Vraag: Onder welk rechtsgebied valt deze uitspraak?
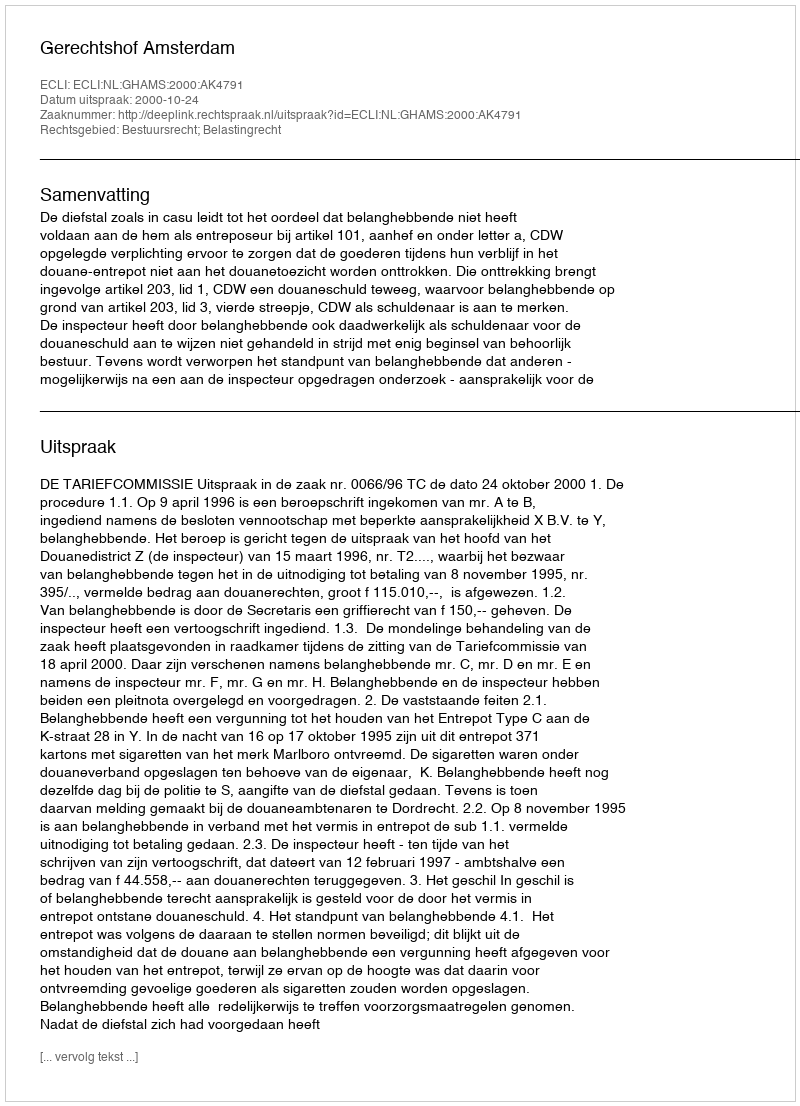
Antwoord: Bestuursrecht; Belastingrecht